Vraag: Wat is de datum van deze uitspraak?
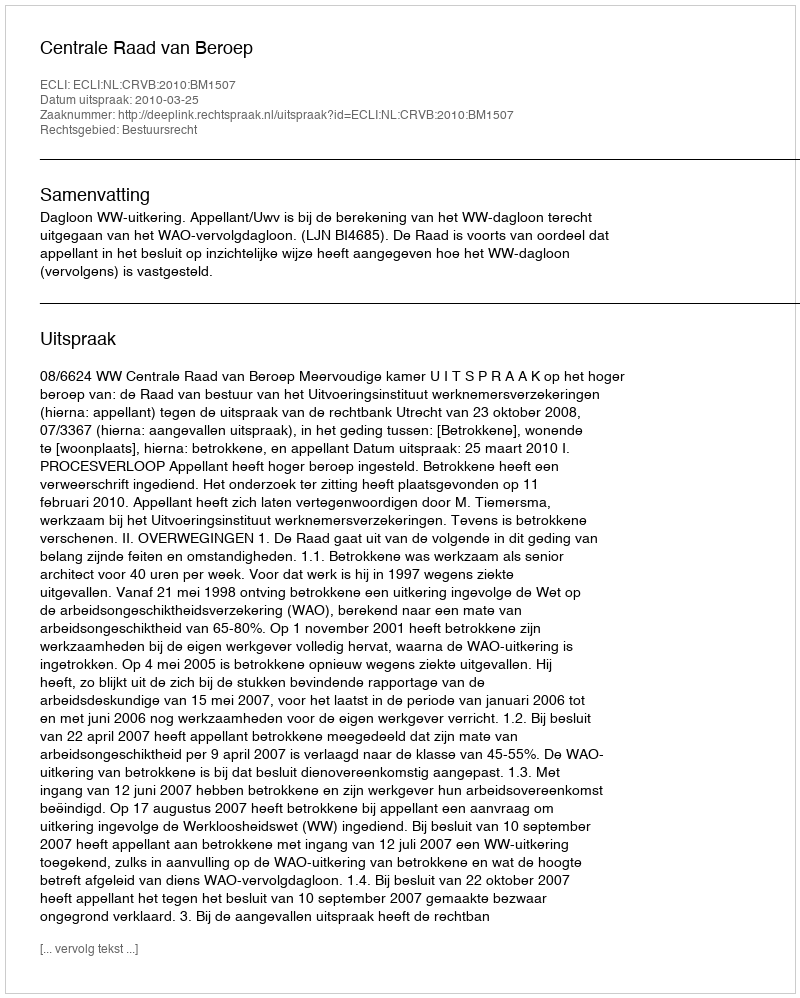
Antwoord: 2010-03-25